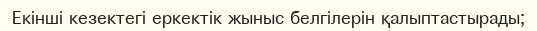
Екінші кезектегі еркектік жыныс белгілерін қалыптастырады;